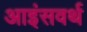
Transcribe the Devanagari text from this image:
आइंसवर्थ